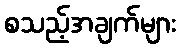
စသည့်အချက်များ